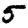
Digit: 5